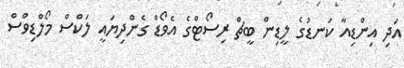
އަދި އިންޑިއާ ކަނޑުގެ ލީޑިން ބީޗް ރިސޯޓްގެ އެވޯޑް ގެންދިޔައީ ލަކްސް މޯލްޑިވްސް